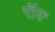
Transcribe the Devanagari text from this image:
रॉक्‍